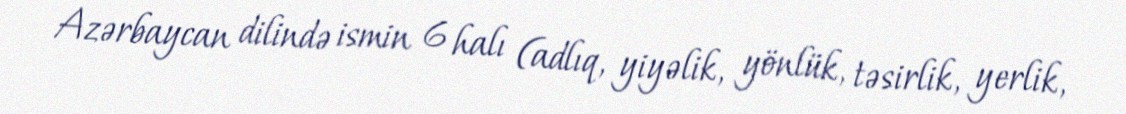
Azərbaycan dilində ismin 6 halı (adlıq, yiyəlik, yönlük, təsirlik, yerlik,